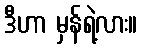
ဒီဟာ မှန်ရဲ့လား။